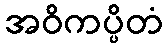
အဝိကပ္ပိတံ